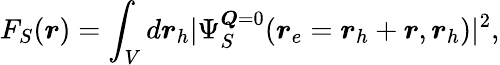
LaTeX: F_{S}(\boldsymbol{r})=\int_{V}d\boldsymbol{r}_{h}|\Psi_{S}^{\boldsymbol{Q}=0}(\boldsymbol{r}_{e}=\boldsymbol{r}_{h}+\boldsymbol{r},\boldsymbol{r}_{h})|^{2},